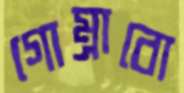
গোম্‌রাবো